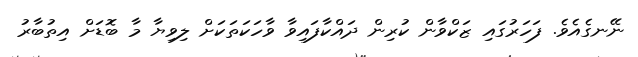
ނޭނގެއެވެ. ފަހަރުގައި ޒަކްވާން ކުރިން ދައްކާފައިވާ ވާހަކަތަކަށް ލިވިޔާ މާ ބޮޑަށް އިތުބާރު